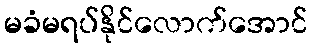
မခံမရပ်နိုင်လောက်အောင်